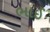
ભાઈ